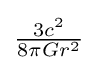
{\textstyle {\frac {3c^{2}}{8\pi Gr^{2}}}}